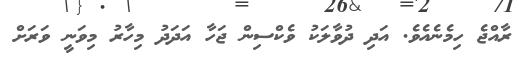
ރާއްޖެ ހިމެނެއެވެ. އަދި ދުވާލަކު ވެކްސިން ޖަހާ އަދަދު މިހާރު މިވަނީ ވަރަށް